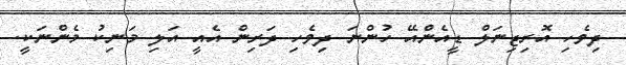
ދިވެހި އޮރިޖިނަލް ޑީއެންއޭ ހުންނަ ދިވެހި ދަރިން އެއީ އަލި މަނިކު މެންނަކީ.